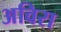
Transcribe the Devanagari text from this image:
अविरा